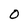
Character: 0